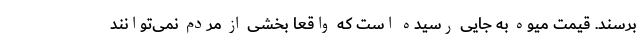
برسند. قیمت میوه به جایی رسیده است که واقعا بخشی از مردم نمی‌توانند